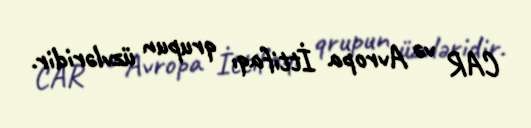
CAR və Avropa İttifaqı qrupun üzvləridir.